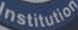
Institution